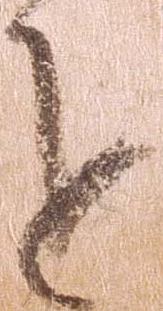
を